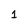
Character: 1